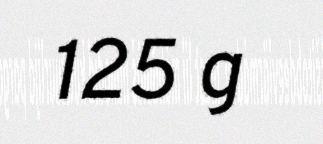
125 g